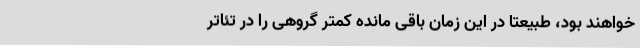
خواهند بود، طبیعتا در این زمان باقی مانده کمتر گروهی را در تئاتر